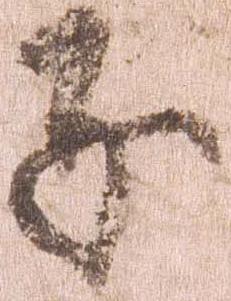
子